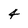
Character: 4